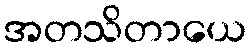
အတသိတာယေ